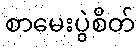
စာမေးပွဲစိတ်